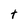
Character: t